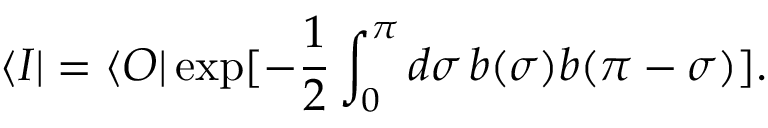
\langle I | = \langle { \cal O } | \exp [ - \frac 1 2 \int _ { 0 } ^ { \pi } d \sigma \, b ( \sigma ) b ( \pi - \sigma ) ] .